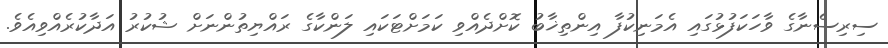
ސިރިސެނާގެ ވާހަކަފުޅުގައި އެމަނިކުފާ އިންތިޚާބު ކޮށްދެއްވި ކަމަށްޓަކައި ލަންކާގެ ރައްޔިތުންނަށް ޝުކުރު އަދާކުރެއްވިއެވެ.